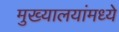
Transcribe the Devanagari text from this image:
मुख्यालयांमध्ये